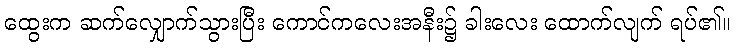
ထွေးက ဆက်လျှောက်သွားပြီး ကောင်ကလေးအနီး၌ ခါးလေး ထောက်လျက် ရပ်၏။